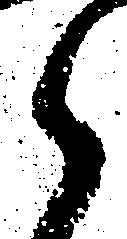
御